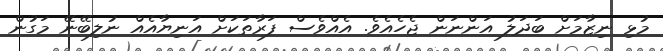
މުޅި ނިޒާމަށް ބަދަލު އަންނަން ޖެހެއެވެ. އެއްވެސް ފަރާތަކަށް އަނިޔާއެއް ނުލިބޭނޭ މަގުން